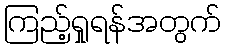
ကြည့်ရှုရန်အတွက်